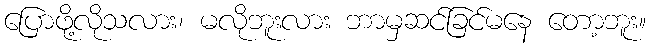
ပြောဖို့လိုသလား၊ မလိုဘူးလား ဘာမှဆင်ခြင်မနေ တော့ဘူး။